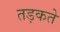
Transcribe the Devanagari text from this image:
तड़कते